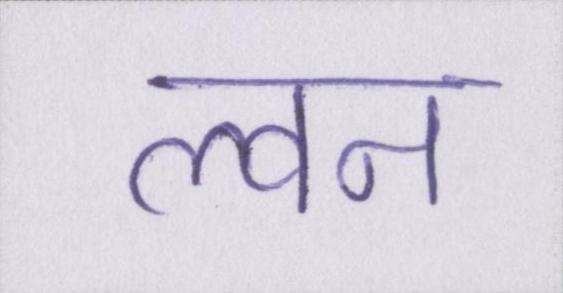
ल्वन